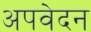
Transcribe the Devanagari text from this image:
अपवेदन